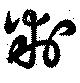
判